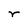
Character: r